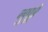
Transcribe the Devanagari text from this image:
नुपूरे